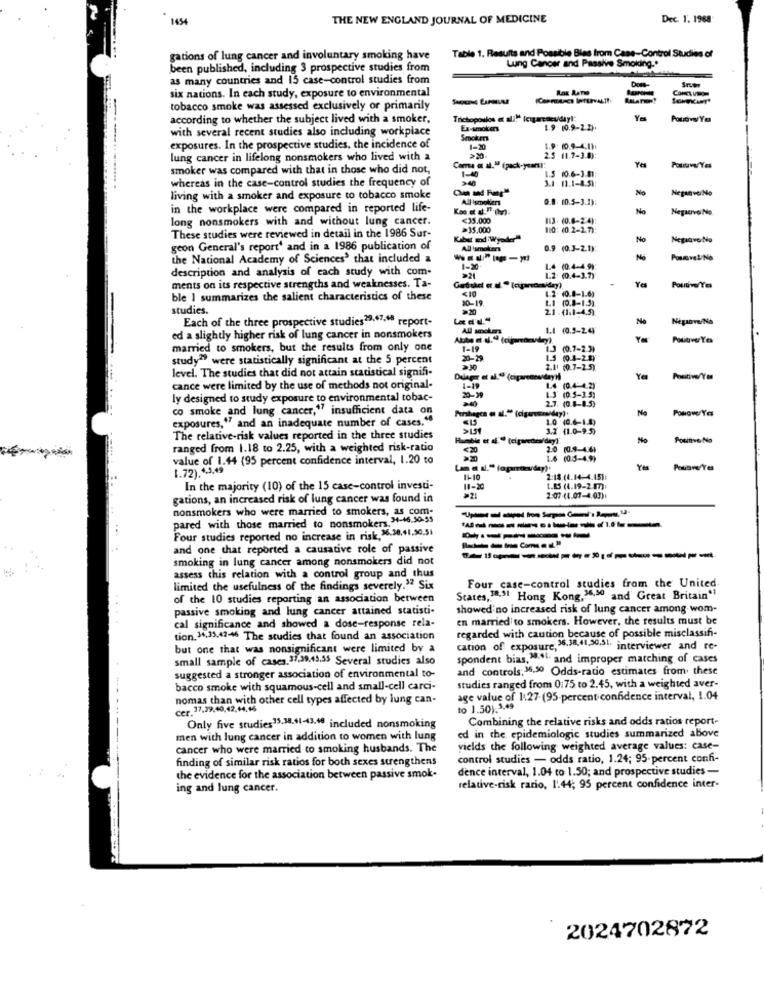
1434
THE NEW ENGLAND JOURNAL OF MEDICINE
Dec. 1. 1968
Table 1. Results and Possible Bles from Case-Control Studies of
gations of lung cancer and involuntary smoking have
been published, including 3 prospective studies from
Lung Cancer and Passive Smoking ..
as many countries and 15 case-control studies from
six nations. In each study, exposure to environmental
tobacco smoke was assessed exclusively or primarily
according to whether the subject lived with a smoker,
Trichopoulos et ali!" (cigareseu/day !:
Yo
with several recent studies also including workplace
Ex-smokers
1.9 10.9-2.2).
Smoker
exposures. In the prospective studies, the incidence of
1-20
1.9. 10.9-CI]:
lung cancer in lifelong nonsmokers who lived with a
2.5 (1.7-3.0):
smoker was compared with that in those who did not,
Coma a al." (pack-years!"
1-80
1.5 10.6-3.51:
whereas in the case-control studies the frequency of
3.1 11.1-4.51:
No
NegenvaNo
living with a smoker and exposure to tobacco smoke
All Ismokers
0.8. 10.5-3.13:
in the workplace were compared in reported life-
No
Negaenvoi No.
long nonsmokers with and without lung cancer.
<35.000
113. (0.8-2 4):
>35.000
These studies were reviewed in detail in the 1986 Sur-
Ubat and Wyoder
No
Nepaavo Na
geon General's report' and in a 1986 publication of
All smokers
0.9 (0.3-2.1);
the National Academy of Sciences' that included a
No
description and analysis of each study with com-
1-20
14 (0.4-4 9)
1.2. (0.4-1.7)
Yes
ments on its respective strengths and weaknesses. Ta-
1.2. 10.8-1.63
ble 1 summarizes the salient characteristics of these
10-19.
1.1 (0.8-1.5).
studies.
21 .(1:1-4.5).
Each of the three prospective studies29,67.18 report-
Neganve/Na
All smokers
1.1 (0.5-24
ed a slightly higher risk of lung cancer in nonsmokers
Positiver Yes
married to smokers, but the results from only one
1-19
1.3 (0.7-23)
study" were statistically significant at the 5 percent
20-29.
1.5 (04-29)
level. The studies that did not attain statistical signifi-
2.11 (0.7-25)
Dulager et al." (eipareceuday)
1-19
Ya
Positive/Yo
cance were limited by the use of methods not original-
1.4 (0.4 4.2)
ly designed to study exposure to environmental tobac-
0-39
1.3' (0.5-15;
2.7. (0.8-8.5)
co smoke and lung cancer," insufficient data on
No
exposures, " and an inadequate number of cases."
10 (0.6-1.4)
>151
3.2 (1.0-9.5)
The relative-risk values reported in the three studies
Humble et af " (cigarettes/dey).
No
Pouinve No
ranged from 1.18 to 2.25, with a weighted risk-ratio
<20
2.0 (0.4-4.4)
value of 1.44 (95 percent confidence interval, 1.20 to
1.6 (0.5-4.9)
1.72).4,3,49
Yes
2:18.(4.14:4.15]:
In the majority (10) of the 15 case-control investi-
11-20
1.85 (1.19-2 87):
gations, an increased risk of lung cancer was found in
2:07 (1.07-4.03):
nonsmokers who were married to smokers, as com-
pared with those married to nonsmokers.34-46.50-55
Four studies reported no increase in risk, 96.38.41.50.51
------
and one that reported a causative role of passive
smoking in lung cancer among nonsmokers did not
assess this relation with a control group and thus
limited the usefulness of the findings severely." Six
Four case-control studies from the United.
of the 10 studies reporting an association between
States,18,31 Hong Kong,26,50 and Great Britain*
passive smoking and lung cancer attained statisti-
showed no increased risk of lung cancer among wom-
en married to smokers. However, the results must be
cal significance and showed a dose-response rela-
regarded with caution because of possible misclassifi-
tion, 34,33,42-46 The studies that found an association
but one that was nonsignificant were limited by a
cation of exposure, 36.38,41,30.51. interviewer and re-
small sample of cases. 37.39,45.35 Several studies also
spondent bias, "il. and improper matching of cases
and controls:16.30 Odds-ratio estimates from. these
suggested a stronger association of environmental to-
bacco smoke with squamous-cell and small-cell carci-
studies ranged from 0:75 to 2.45, with a weighted aver-
nomas than with other cell types affected by lung can-
age value of 1:27. (95-percent confidence interval, 1.04
cer. 37.79,40,42,44,16
to 1.50).5.49
Combining the relative risks and odds ratios report-
Only five studies15.38.41-43.10 included nonsmoking
men with lung cancer in addition to women with lung
ed in the epidemiologic studies summarized above
cancer who were married to smoking husbands. The
vields the following weighted average values: case-
finding of similar risk ratios for both sexes strengthens
control studies - odds ratio, 1.24; 95-percent confi-
dence interval, 1.04 to 1.50; and prospective studies -
the evidence for the association between passive smok-
ing and lung cancer.
relative-risk rario, 1'44; 95 percent confidence inter-
2024702872